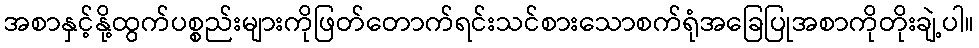
အစာနှင့်နို့ထွက်ပစ္စည်းများကိုဖြတ်တောက်ရင်းသင်စားသောစက်ရုံအခြေပြုအစာကိုတိုးချဲ့ပါ။